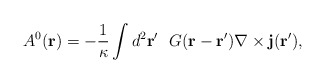
\begin{align*}A^0({\bf r})=-\frac{1}{\kappa}\int d^2{\bf{r'}}~~G({\bf r-r'}){\bf \nabla} \times {\bf{j}}({\bf{r'}}),\end{align*}